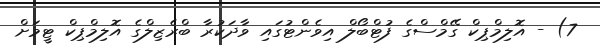
7) - އޮލިމްޕިކް ގޭމްސްގެ ފުޓްބޯލް އިވެންޓުގައި ވާދަކުރާ ބްރެޒިލްގެ އޮލިމްޕިކް ޓީމަށް